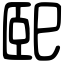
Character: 巸